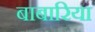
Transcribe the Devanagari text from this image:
बाबारिया